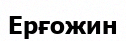
Ерғожин